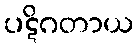
ပဋိဂတာယ